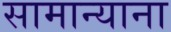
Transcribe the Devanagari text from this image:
सामान्याना